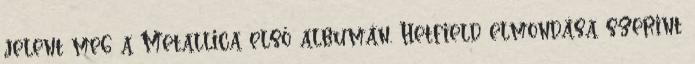
jelent meg a Metallica első albumán. Hetfield elmondása szerint